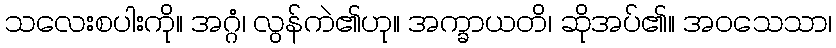
သလေးစပါးကို။ အဂ္ဂံ၊ လွန်ကဲ၏ဟု။ အက္ခာယတိ၊ ဆိုအပ်၏။ အဝသေသာ၊